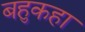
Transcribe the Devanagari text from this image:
बहुकहा